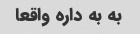
به به داره واقعا